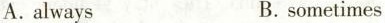
A.always B.sometimes